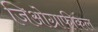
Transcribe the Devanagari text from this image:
जिओग्राफीकल